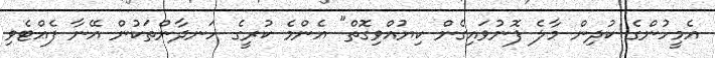
އެމީހުންގެ ކުދިން މާލެ ފޮނުވައިގެން ކިޔުއްވިގޮތް" އެންމެ ކުރީގެ ހަނދާންތަކުން އޭނާ ފެއްޓެވި